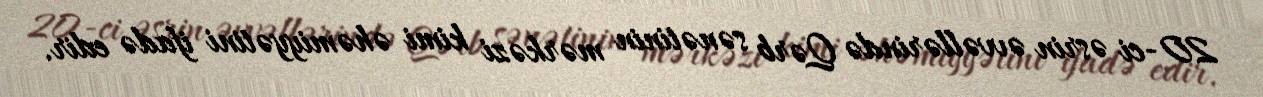
20-ci əsrin əvvəllərində Qərb sənətinin mərkəzi kimi əhəmiyyətini ifadə edir.